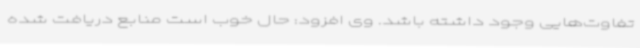
تفاوت‌هایی وجود داشته باشد. وی افزود: حال خوب است منابع دریافت شده